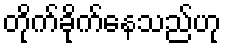
တိုက်ခိုက်နေသည်ဟု